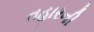
તહારની